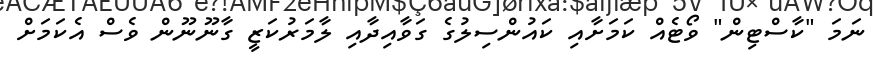
ނަމަ "ކާސްޓިން" ވޯޓެއް ކަމަށާއި ކައުންސިލުގެ ގަވާއިދާއި ލާމަރުކަޒީ ގާނޫނޫން ވެސް އެކަމަށް